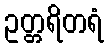
ဥတ္တရိတရံ